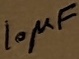
Text: 10µF